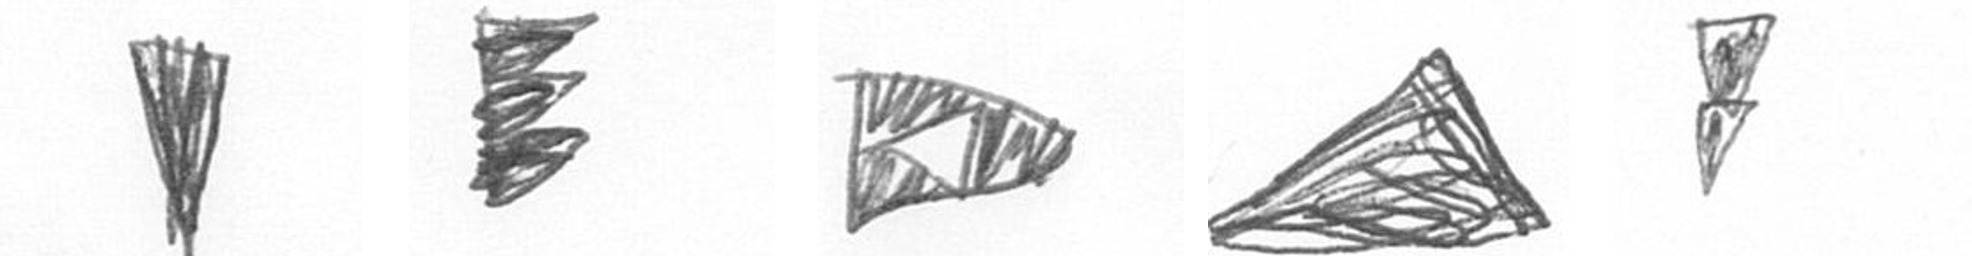
J H K O Z